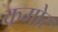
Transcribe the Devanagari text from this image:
कमोर